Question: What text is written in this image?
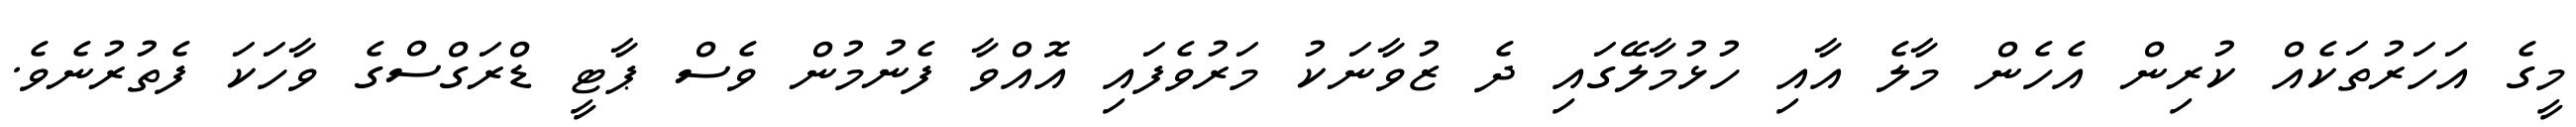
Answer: މީގެ އަހަރުތަކެއް ކުރިން އެހެން މާލެ އާއި ހުޅުމާލޭގައި ދެ ޒުވާނަކު މަރުވެފައި އޮއްވާ ފެނުމުން ވެސް ޕާޓީ ޑްރަގްސްގެ ވާހަކަ ފެތުރުނެވެ.